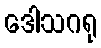
ဒေါသဂရု